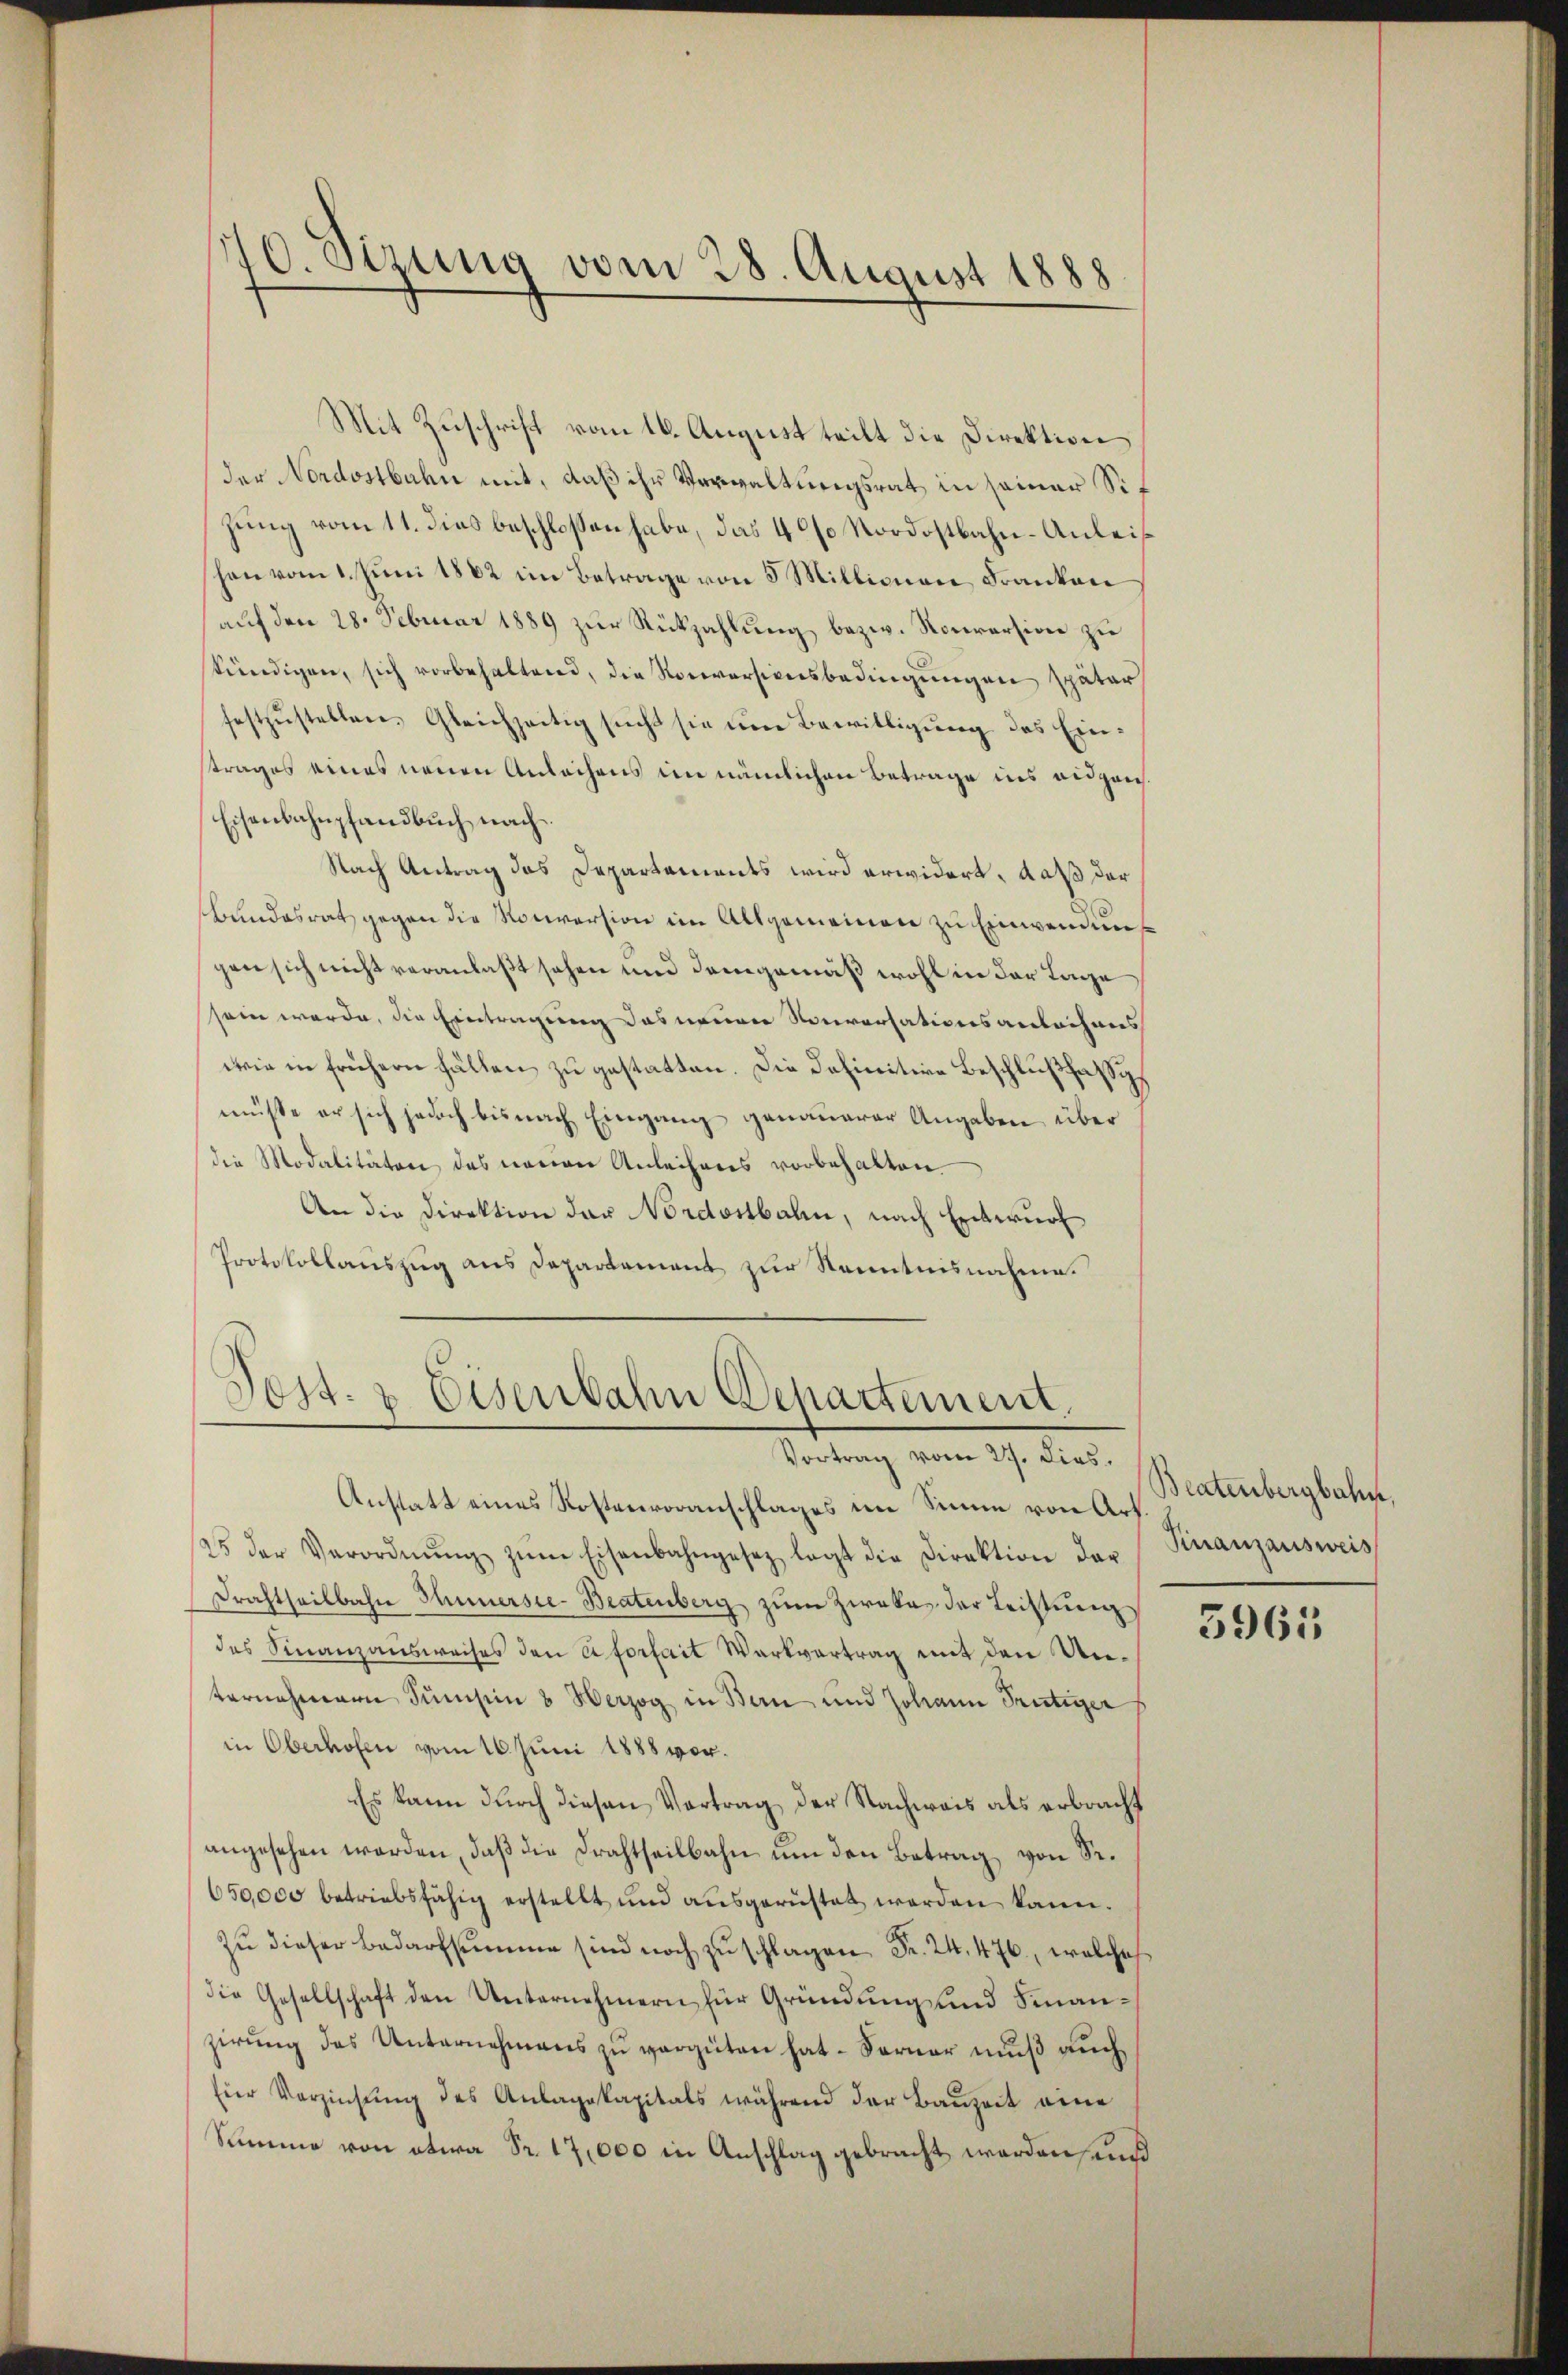
10. Sizung vom 28. August 1888
D

Mit Zuschrift vom 16. August teilt die Direktion
der Nordostbahn mit, daß ihr Verwaltungsrat in seiner Sizung vom 11. dies beschlossen habe, das 400 Nordostbahn-Anleishan vom 1. Juni 1882 im Betrage von 5 Millionen Franken
auf den 28. Februar 1889 zur Rückzahlung bezw. Konversion zu
kündigen, sich vorbehaltend, die Rociversionsbedingungen später
festzŭstellen. Gleichzeitig sŭcht sie ŭm Bewilligŭng des Einstrages eines neuen Anleihens im nämlichen Betrage ins aidprich¬
Eisenbahnpfandbuch nach
Nach Antrag das Departaments wird erwidert, daß der
Bundesrat gegen die Rociersion im Allgemeinen zu Einwendung
gen sich nicht veranlaßt sehen und demgemäß wohl in der Tage
sein werde, die Eintragung das neuen Noriversationsantechnees
wein in frühern Fällen zu gestatten. Die Definitive Beschlußfassis
müsse er sich jedoch bis nach Eingang genauerer Angaben über
die Modalitäten des neuen Anleihers vorbehalten.
An die Direktion der Nordostbahn, nach Entwurf
Protokollauszug aus Departement zur Kenntnisnahme.
Post- & Eisenbahn Departement.
Vortrag vom 27. Dies.
Anstatt eines Kostenvoranschlages im Sinne von Art
/25 der Verordnŭng zŭm Eisenbahngesez legt die Direktion dar
Drahtheilbahn Hunnersee-Beatenberg zum Zweka der Leistung
des Finanzausweises den Aforfait Werkvertrag mit den Unvernehmern Sumsinn & Herzog in Bern und Johann Frutiger
in Oberhofen vom 16. Juni 1888 vor¬
Es kann durch diesen Vertrag der Nachweis als erbracht
angesehen werden, daß die Drahtheilbahn um den Betrag von Sr.
650,000 betriebsfähig erstellt und aŭsgerüstet werden kann.
Zŭ dieser Bedarfsumme sind noch zŭschlagen Fr. 24. 476, welches
die Gesellschaft den Unternehmern für Gründung und Finangerŭng des Unternehmens zŭ vergüten hat. Ferner mŭβ aŭch
für Verzinsŭng des Anlagskapitals während der Bauzeit eine
Summe von etwa Fr. 17,000 in Anschlag gebracht werden und

Beatenbergbahn,
Finanzausweis

3965